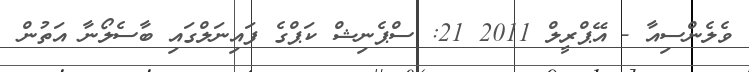
ވެލެންސިއާ - އޭޕްރީލް 2011 21: ސްޕެނިޝް ކަޕްގެ ފައިނަލްގައި ބާސެލޯނާ އަތުން